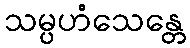
သမ္ပဟံသေန္တေ